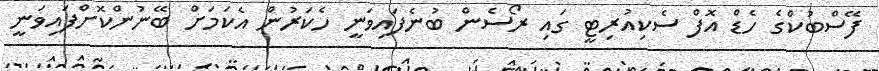
ފޭސްބުކްގެ ހެޑް އޮފް ސެކިއުރިޓީ ގައި ރޯސެން ބުނެފައިވަނީ ހެކަރުން އެކަމަށް ބޭނުންކޮށްފައިވަނީ